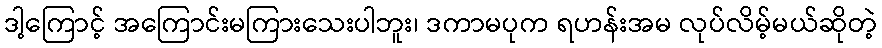
ဒါ့ကြောင့် အကြောင်းမကြားသေးပါဘူး၊ ဒကာမပုက ရဟန်းအမ လုပ်လိမ့်မယ်ဆိုတဲ့